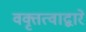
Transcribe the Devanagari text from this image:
वक्तृत्वाद्वारे